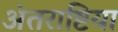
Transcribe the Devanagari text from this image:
अंतराष्टिया